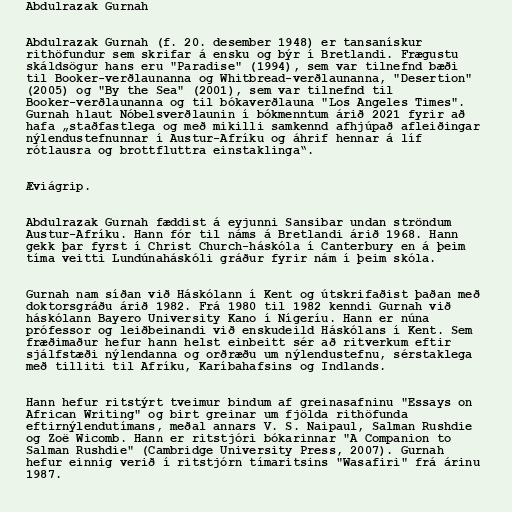
Abdulrazak Gurnah

Abdulrazak Gurnah (f. 20. desember 1948) er tansanískur
rithöfundur sem skrifar á ensku og býr í Bretlandi. Frægustu
skáldsögur hans eru "Paradise" (1994), sem var tilnefnd bæði
til Booker-verðlaunanna og Whitbread-verðlaunanna, "Desertion"
(2005) og "By the Sea" (2001), sem var tilnefnd til
Booker-verðlaunanna og til bókaverðlauna "Los Angeles Times".
Gurnah hlaut Nóbelsverðlaunin í bókmenntum árið 2021 fyrir að
hafa „stað­fast­lega og með mikilli sam­kennd af­hjúpað af­leiðingar
ný­lendu­stefnunnar í Austur-Afríku og á­hrif hennar á líf
rót­lausra og brott­fluttra ein­stak­linga“.

Æviágrip.

Abdulrazak Gurnah fæddist á eyjunni Sansibar undan ströndum
Austur-Afríku. Hann fór til náms á Bretlandi árið 1968. Hann
gekk þar fyrst í Christ Church-háskóla í Canterbury en á þeim
tíma veitti Lundúnaháskóli gráður fyrir nám í þeim skóla.

Gurnah nam síðan við Háskólann í Kent og útskrifaðist þaðan með
doktorsgráðu árið 1982. Frá 1980 til 1982 kenndi Gurnah við
háskólann Bayero University Kano í Nígeríu. Hann er núna
prófessor og leiðbeinandi við enskudeild Háskólans í Kent. Sem
fræðimaður hefur hann helst einbeitt sér að ritverkum eftir
sjálfstæði nýlendanna og orðræðu um nýlendustefnu, sérstaklega
með tilliti til Afríku, Karíbahafsins og Indlands.

Hann hefur ritstýrt tveimur bindum af greinasafninu "Essays on
African Writing" og birt greinar um fjölda rithöfunda
eftirnýlendutímans, meðal annars V. S. Naipaul, Salman Rushdie
og Zoë Wicomb. Hann er ritstjóri bókarinnar "A Companion to
Salman Rushdie" (Cambridge University Press, 2007). Gurnah
hefur einnig verið í ritstjórn tímaritsins "Wasafiri" frá árinu
1987.